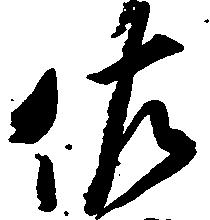
佐